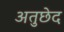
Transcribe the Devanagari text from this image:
अतुछेद